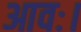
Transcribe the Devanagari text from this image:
आवः।